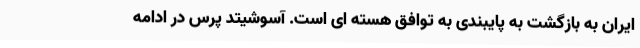
ایران به بازگشت به پایبندی به توافق هسته ای است. آسوشیتد پرس در ادامه